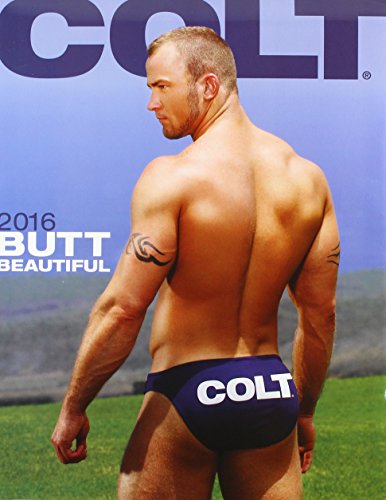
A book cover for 2016 Butt Beautiful Calendar; Arts & Photography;